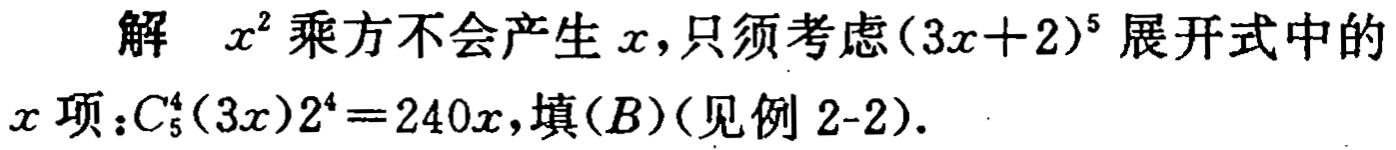
解 \(x^{2}\) 乘方不会产生 \(x\)，只须考虑 \((3x + 2)^{5}\) 展开式中的\(x\) 项：\(C_{5}^{4}(3x)2^{4}=240x\)，填\((B)\)（见例 2 - 2）.